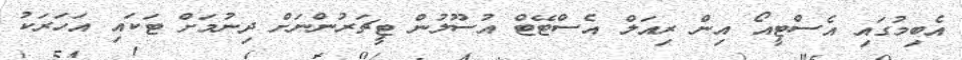
އެބިމުގައި އެސްޓީއޯ އިން ރިއަލް އެސްޓޭޓް އުސޫލުން ޓީޗަރުންނަށް ދިނުމަށް ޓަކައި އަހަރަކު